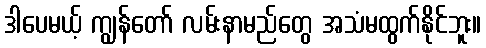
ဒါပေမယ့် ကျွန်တော် လမ်းနာမည်တွေ အသံမထွက်နိုင်ဘူး။